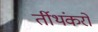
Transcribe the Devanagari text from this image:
र्तीथंकरों